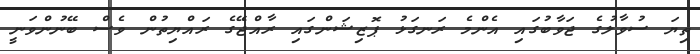
ތިޔަ ސުވާލުގެ ޖަވާބުގައި އެންމެ ރަނގަޅު ޕޮޒިޝަންގައި ރާއްޖޭގެ ރައްޔިތުން ވެސް ބޭނުންވަނީ